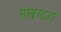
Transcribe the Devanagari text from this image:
सांबरदरा